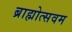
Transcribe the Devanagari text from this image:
ब्राह्मोत्सवम